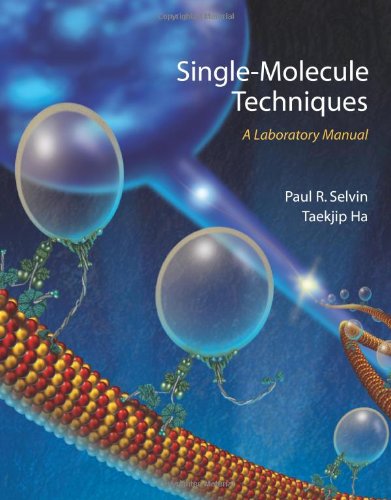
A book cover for Single-Molecule Techniques: A Laboratory Manual; Science & Math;